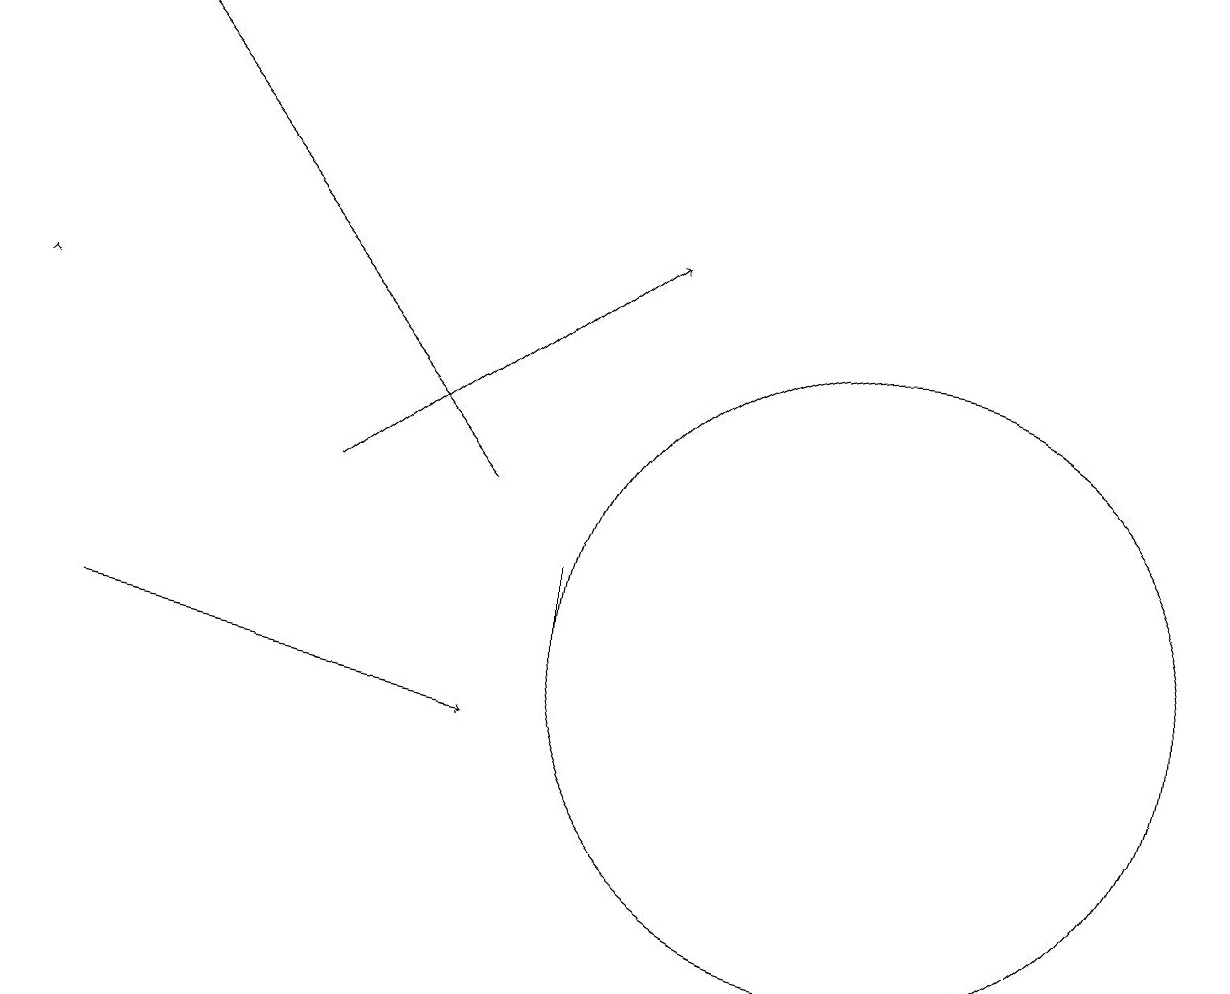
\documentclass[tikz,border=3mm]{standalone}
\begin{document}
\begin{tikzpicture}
\draw (12,11) circle (4);
\draw[->] (2,11) -- (7,10);
\draw (8,12) rectangle (8,11);
\draw[->] (7,13) -- (2,19);
\draw[->] (1,15) -- (1,15);
\draw[->] (5,13) -- (9,16);
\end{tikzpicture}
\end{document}